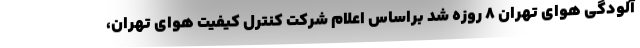
آلودگی هوای تهران 8 روزه شد براساس اعلام شرکت کنترل کیفیت هوای تهران،